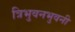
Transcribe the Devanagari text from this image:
त्रिभुवनभुवनी